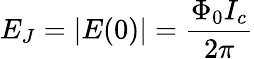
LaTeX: E_{J}=|E(0)|={\frac{\Phi_{0}I_{c}}{2\pi}}